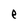
Character: e